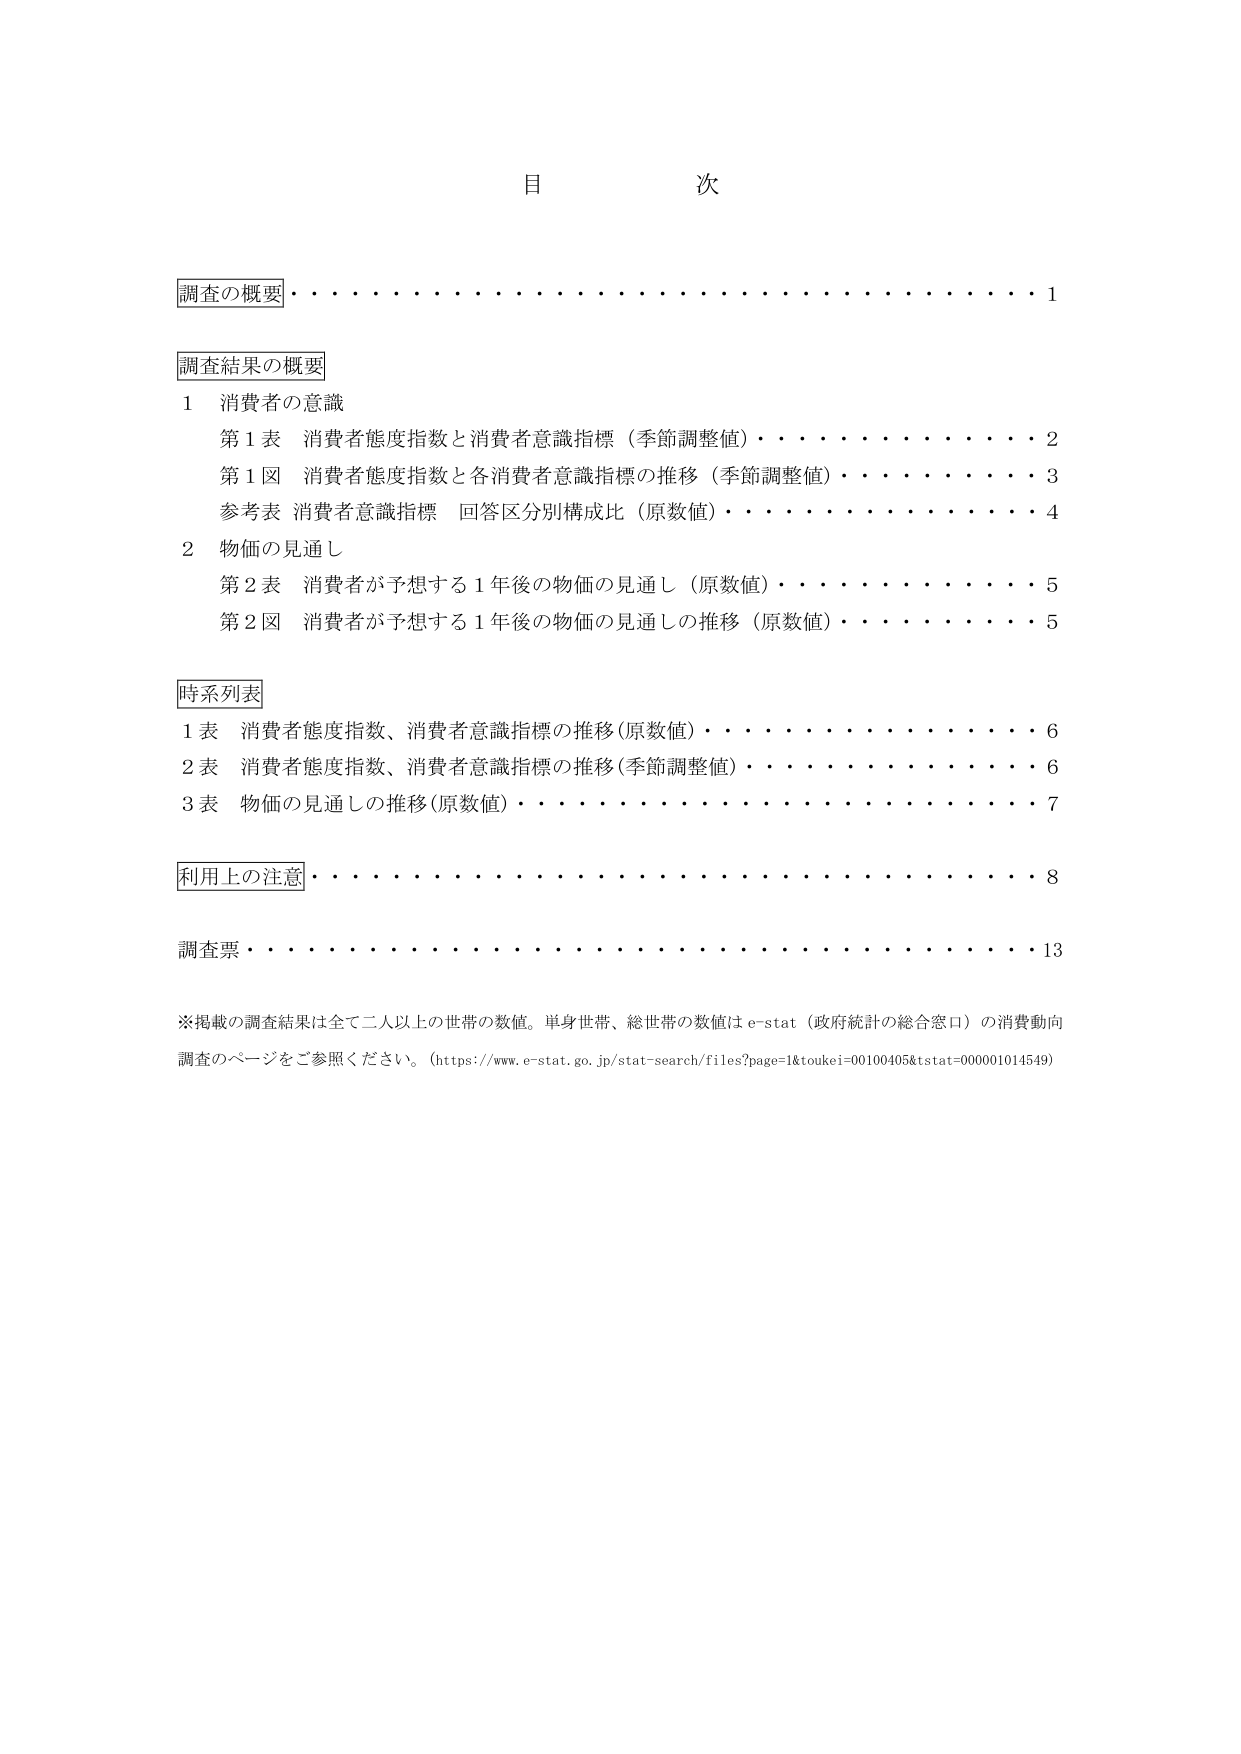
目 次

調査の概要・・・・・・・・・・・・・・・・・・・・・・・・・・・・・・・・・・1

調査結果の概要
1 消費者の意識
　第1表 消費者態度指数と消費者意識指標（季節調整値）・・・・・・・・・・・・2
　第1図 消費者態度指数と各消費者意識指標の推移（季節調整値）・・・・・・・・3
　参考表 消費者意識指標 回答区分別構成比（原数値）・・・・・・・・・・・・4
2 物価の見通し
　第2表 消費者が予想する1年後の物価の見通し（原数値）・・・・・・・・・・5
　第2図 消費者が予想する1年後の物価の見通しの推移（原数値）・・・・・・5

時系列表
1表 消費者態度指数、消費者意識指標の推移（原数値）・・・・・・・・・・・・6
2表 消費者態度指数、消費者意識指標の推移（季節調整値）・・・・・・・・・・6
3表 物価の見通しの推移（原数値）・・・・・・・・・・・・・・・・・・・・・・7

利用上の注意・・・・・・・・・・・・・・・・・・・・・・・・・・・・・・・・8

調査票・・・・・・・・・・・・・・・・・・・・・・・・・・・・・・・・・・・・13

※掲載の調査結果は全て二人以上の世帯の数値。単身世帯、総世帯の数値はe-stat（政府統計の総合窓口）の消費動向調査のページをご参照ください。（https://www.e-stat.go.jp/stat-search/files?page=1&toukei=00100405&tstat=000001014549）